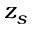
z _ { s }